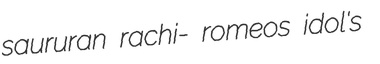
saururan rachi- romeos idol's